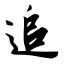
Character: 追